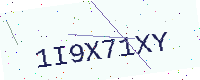
Text: 1I9X71XY